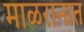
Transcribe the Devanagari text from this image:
माळरानात